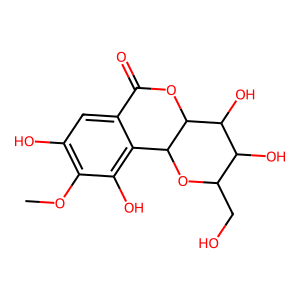
SMILES: COc1c(O)cc2c(c1O)C1OC(CO)C(O)C(O)C1OC2=O
Inhibits HIV replication: No